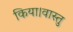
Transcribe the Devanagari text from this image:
किया।वास्तु